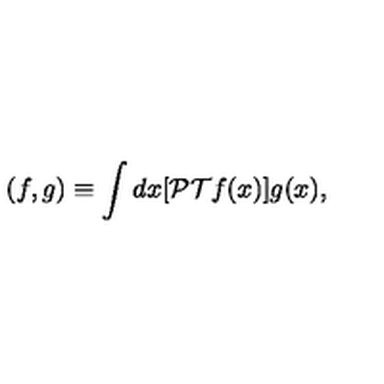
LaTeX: ( f , g ) \equiv \int d x [ { \cal P T } f ( x ) ] g ( x ) ,